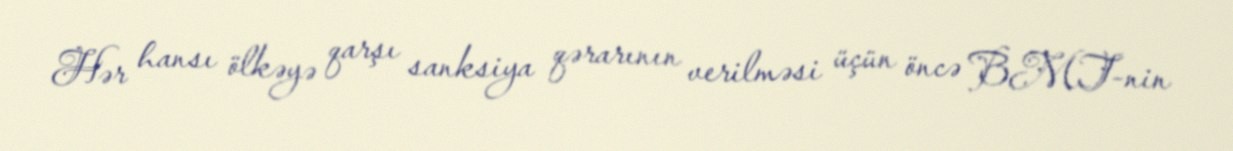
Hər hansı ölkəyə qarşı sanksiya qərarının verilməsi üçün öncə BMT-nin